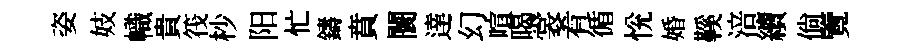
姿妓幟貴筏杪阳忙鑄賁闤達幻喧暍裳肴循恱婚鞵涪續倘覽